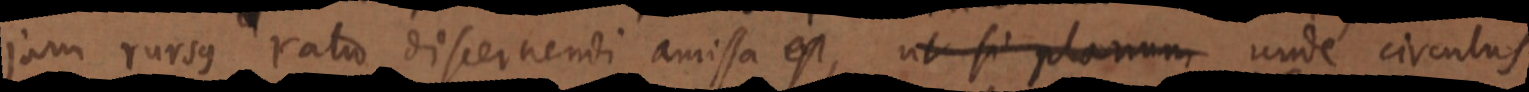
jam rursus ratio discernendi amissa est, ut si planum unde circulus